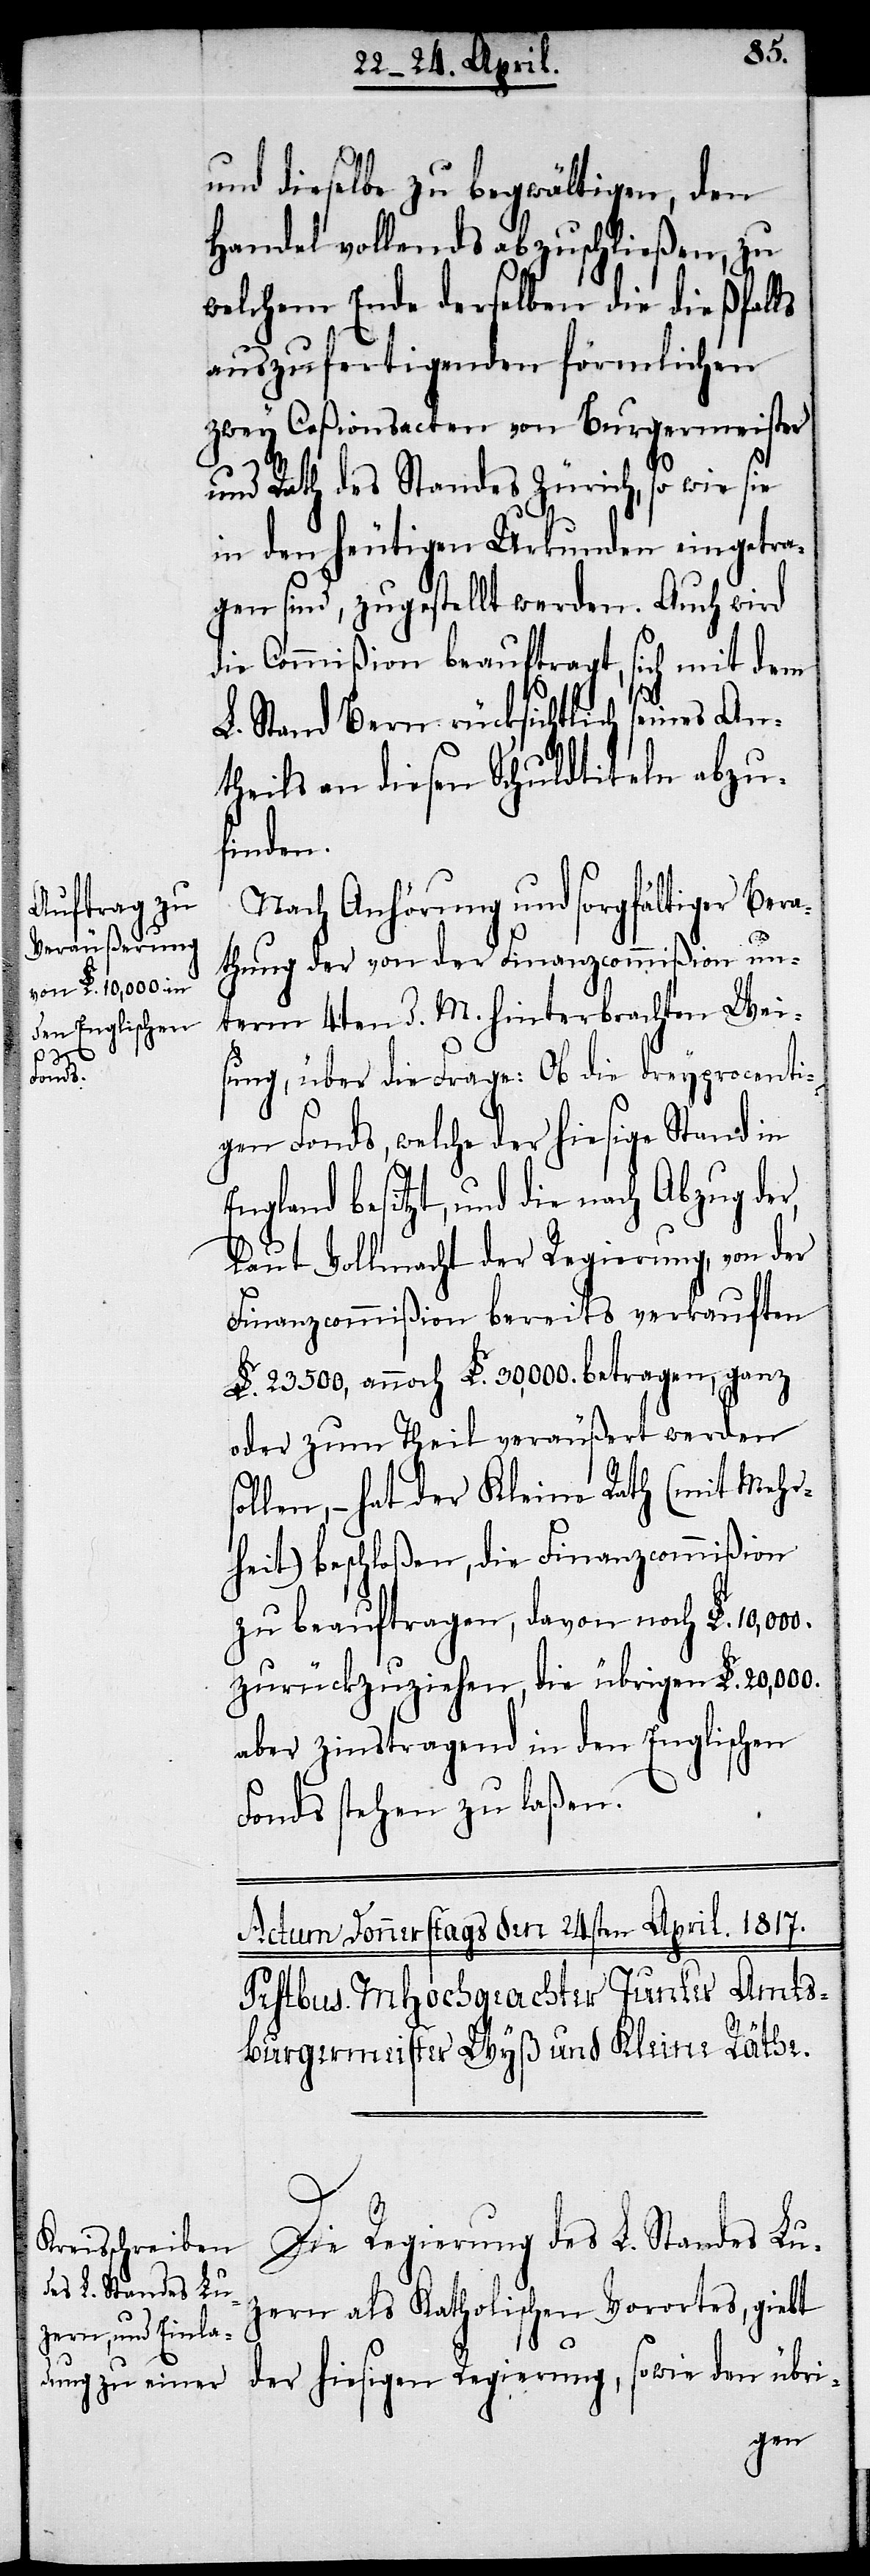
s¬

und dieselbe zu begwältigen, den
Handel vollends abzuschließen, zu
welchem Ende derselben die dießfalls
auszufertigenden förmlichen
zwey Ceßionsacten von Burgermeister
und Rath des Standes Zürich, so wie sie
in den heutigen Urkunden eingetra¬
gen sind, zugestellt werden. Auch wird
die Commißion beauftragt, sich mit dem
L. Stand Bern rücksichtlich seines An¬
theils an diesen Schuldtiteln abzu¬
finden.
Nach Anhörung und sorgfältiger Bera¬
thung der von der Finanzcommißion un¬
term 4ten d. M. hinterbrachten Weis¬
ung, über die Frage: Ob die dreyprocenti¬
gen Fonds, welche der hiesige Stand in
England besitzt, und die nach Abzug der,
laut Vollmacht der Regierung, von der
Finanzcommißion bereits verkauften
£. 23 500, annoch £. 30,000. betragen, ganz
oder zum Theil veräußert werden
ollen, – hat der Kleine Rath (mit Mehr¬
heit) beschloßen, die Finanzcommißion
zu beauftragen, davon noch £.
zurückzuziehen, die übrigen £. 20,000.
aber zinstragend in den Englischen
Fonds stehen zu laßen.
Die Regierung des L. Standes Lu¬
zern als Katholischen Vorortes, giebt
der hiesigen Regierung, sowie den übri-